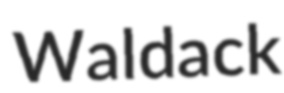
Waldack